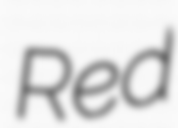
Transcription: Red